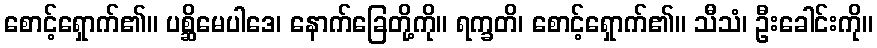
စောင့်ရှောက်၏။ ပစ္ဆိမေပါဒေ၊ နောက်ခြေတို့ကို။ ရက္ခတိ၊ စောင့်ရှောက်၏။ သီသံ၊ ဦးခေါင်းကို။